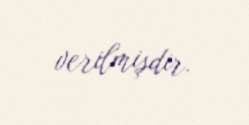
verilmişdir.